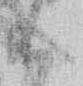
給